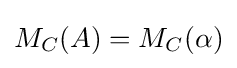
M_{C}(A)=M_{C}(\alpha )